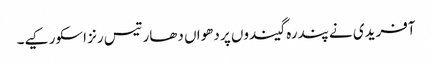
آفریدی نے پندرہ گیندوں پر دھواں دھار تیس رنز اسکور کیے۔